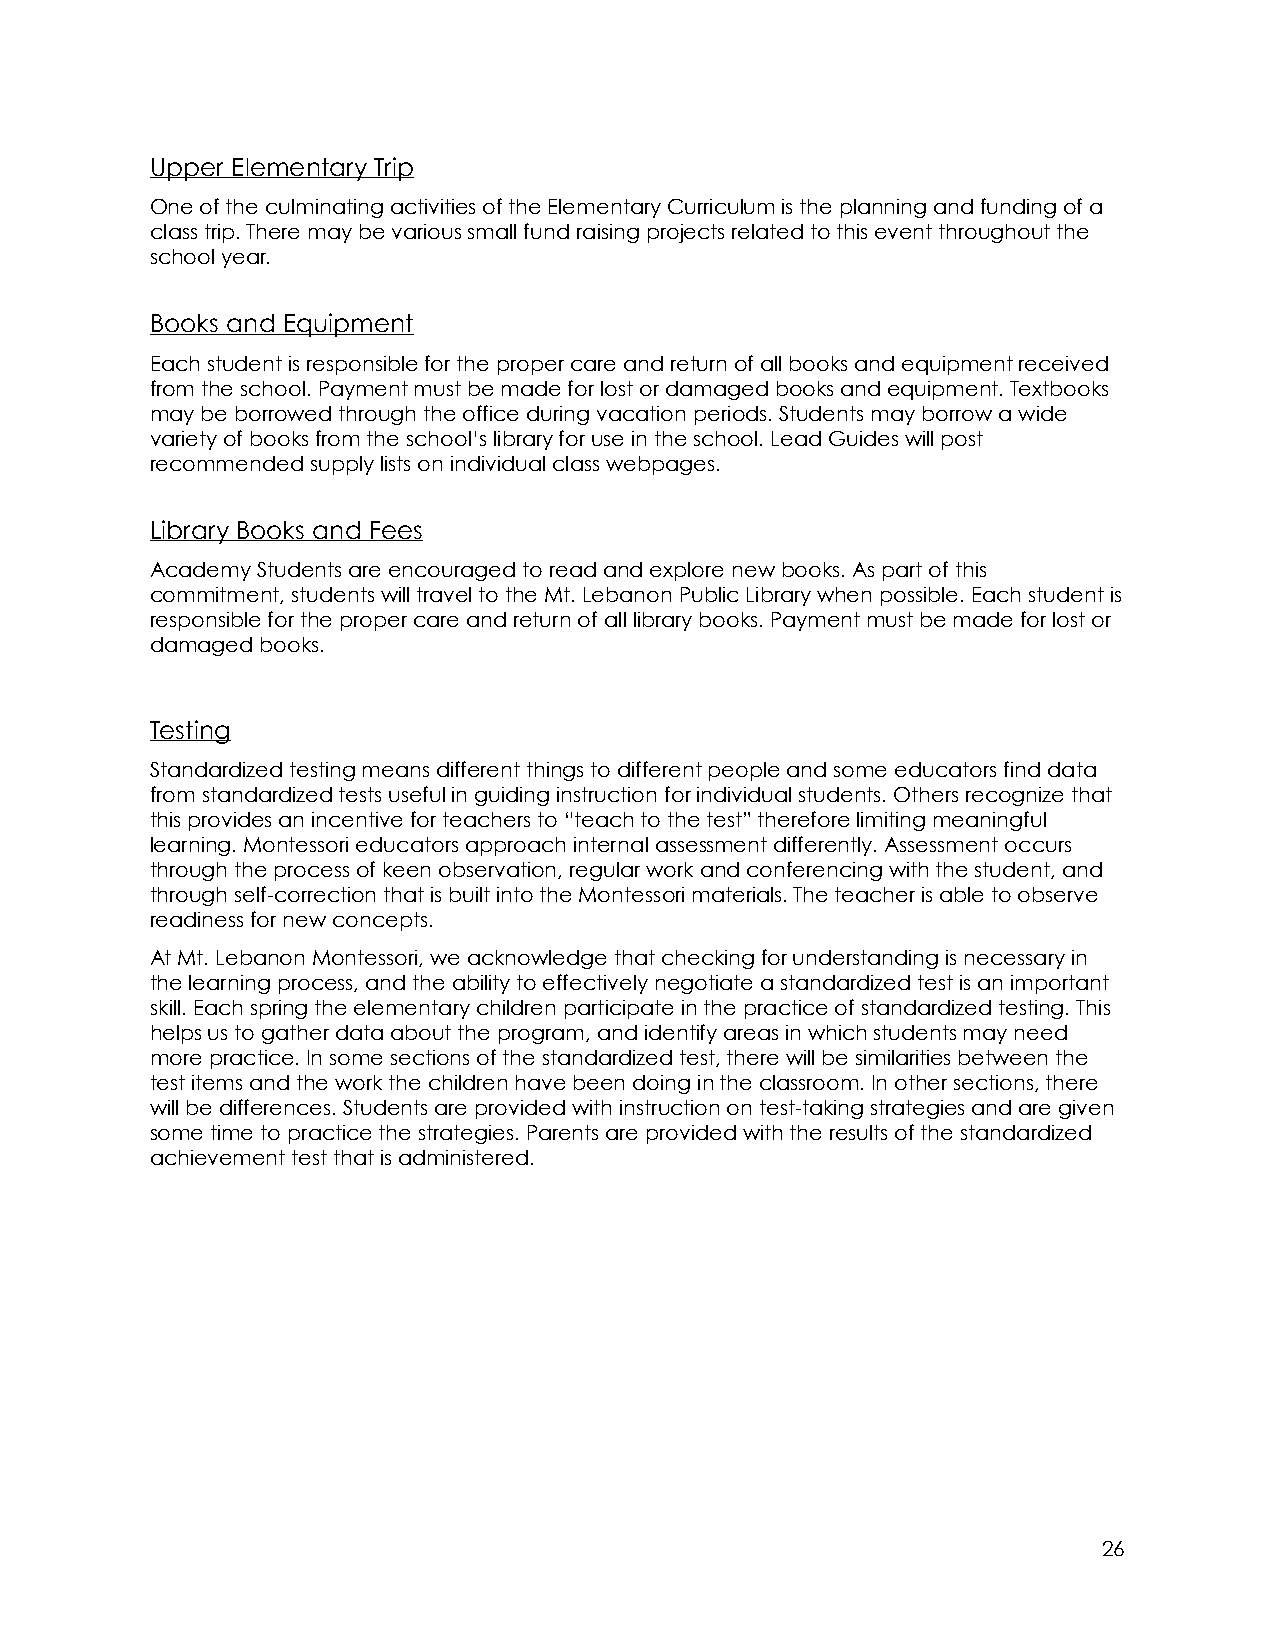
Upper Elementary Trip
 One of the culminating activities of the Elementary Curriculum is the planning and funding of a
 class trip. There may be various small fund raising projects related to this event throughout the
 school year.
 Books and Equipment
 Each student is responsible for the proper care and return of all books and equipment received
 from the school. Payment must be made for lost or damaged books and equipment. Textbooks
 may be borrowed through the office during vacation periods. Students may borrow a wide
 variety of books from the school’s library for use in the school. Lead Guides will post
 recommended supply lists on individual class webpages.
 Library Books and Fees
 Academy Students are encouraged to read and explore new books. As part of this
 commitment, students will travel to the Mt. Lebanon Public Library when possible. Each student is
 responsible for the proper care and return of all library books. Payment must be made for lost or
 damaged books.
 Testing
 Standardized testing means different things to different people and some educators find data
 from standardized tests useful in guiding instruction for individual students. Others recognize that
 this provides an incentive for teachers to “teach to the test” therefore limiting meaningful
 learning. Montessori educators approach internal assessment differently. Assessment occurs
 through the process of keen observation, regular work and conferencing with the student, and
 through self-correction that is built into the Montessori materials. The teacher is able to observe
 readiness for new concepts.
 At Mt. Lebanon Montessori, we acknowledge that checking for understanding is necessary in
 the learning process, and the ability to effectively negotiate a standardized test is an important
 skill. Each spring the elementary children participate in the practice of standardized testing. This
 helps us to gather data about the program, and identify areas in which students may need
 more practice. In some sections of the standardized test, there will be similarities between the
 test items and the work the children have been doing in the classroom. In other sections, there
 will be differences. Students are provided with instruction on test-taking strategies and are given
 some time to practice the strategies. Parents are provided with the results of the standardized
 achievement test that is administered.
 26